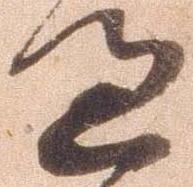
過